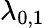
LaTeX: \lambda_{0,1}